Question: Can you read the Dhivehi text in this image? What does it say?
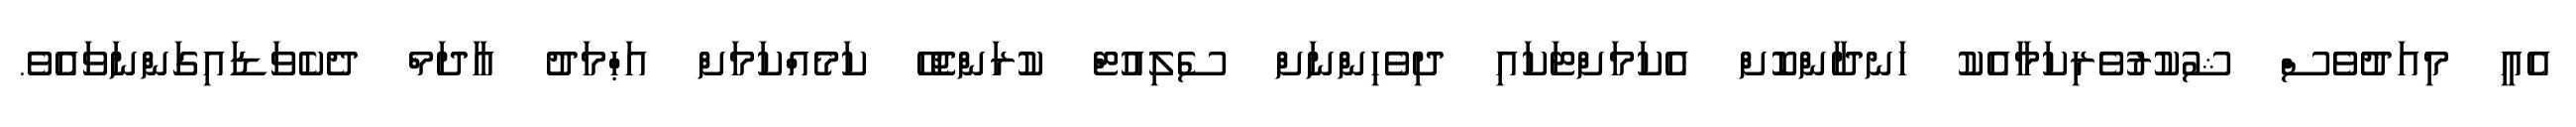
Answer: އެއީ މިއަދުވެސް ޝުކުރުވެރިކަމާއެކު ހަނދާންކޮށް އެކަމަށްޓަކައި ދިވެހިންނަށް ސެލިއުޓް ކުރަންޖެހޭ ކަމެއްކަމަށް އަޙްމަދު އާދަމް ދެކެވަޑައިގަންނަވައެވެ.